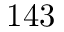
1 4 3